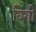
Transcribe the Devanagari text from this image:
यिंगी